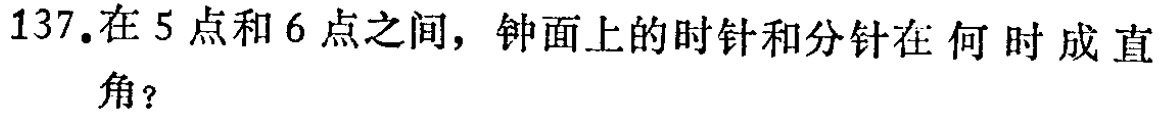
137.在5点和6点之间，钟面上的时针和分针在何时成直角？